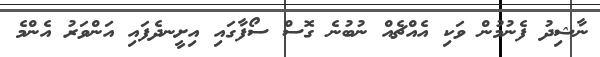
ނާޝިދު ފެނުމުން ވަކި އެއްޗެއް ނުބުނެ ގޮސް ސޯފާގައި އިށީނދެފައި އަންވަރު އެންމެ